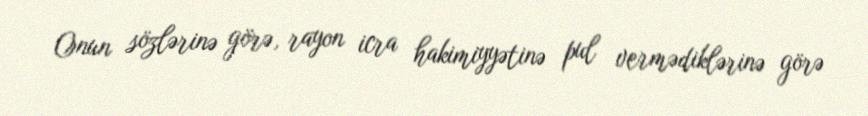
Onun sözlərinə görə, rayon icra hakimiyyətinə pul vermədiklərinə görə